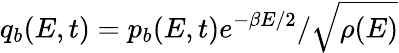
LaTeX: q_{b}(E,t)=p_{b}(E,t)e^{-\beta E/2}/\sqrt{\rho(E)}